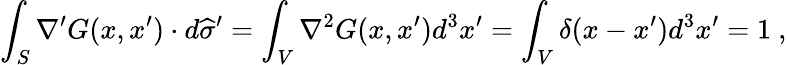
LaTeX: \int_{S}\nabla^{\prime}G(x,x^{\prime})\cdot d{\widehat{\sigma}}^{\prime}=\int_{V}\nabla^{2}G(x,x^{\prime})d^{3}x^{\prime}=\int_{V}\delta(x-x^{\prime})d^{3}x^{\prime}=1~,